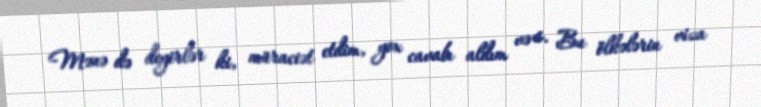
Mənə də deyirlər ki, müraciət etdim, yox cavabı aldım və s. Bu ölkələrin viza